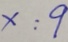
x : 9